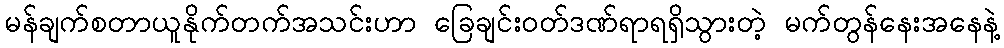
မန်ချက်စတာယူနိုက်တက်အသင်းဟာ ခြေချင်းဝတ်ဒဏ်ရာရရှိသွားတဲ့ မက်တွန်နေးအနေနဲ့